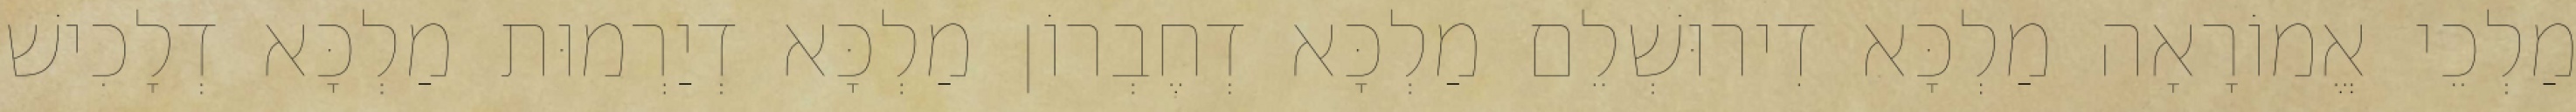
מַלְכֵי אֱמוֹרָאָה מַלְכָּא דִירוּשְׁלֵם מַלְכָּא דְחֶבְרוֹן מַלְכָּא דְיַרְמוּת מַלְכָּא דְלָכִישׁ